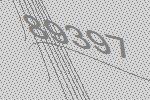
89397